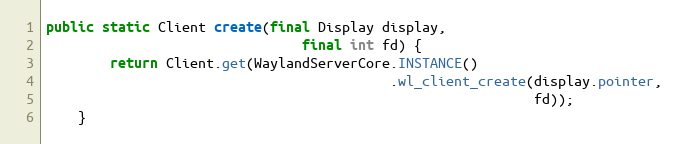
Language: Java
public static Client create(final Display display,
                                final int fd) {
        return Client.get(WaylandServerCore.INSTANCE()
                                           .wl_client_create(display.pointer,
                                                             fd));
    }